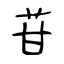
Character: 苷